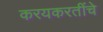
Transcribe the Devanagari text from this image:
करयकरतींचे